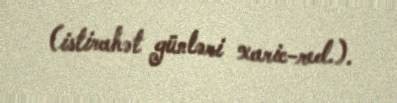
(istirahət günləri xaric-red.).